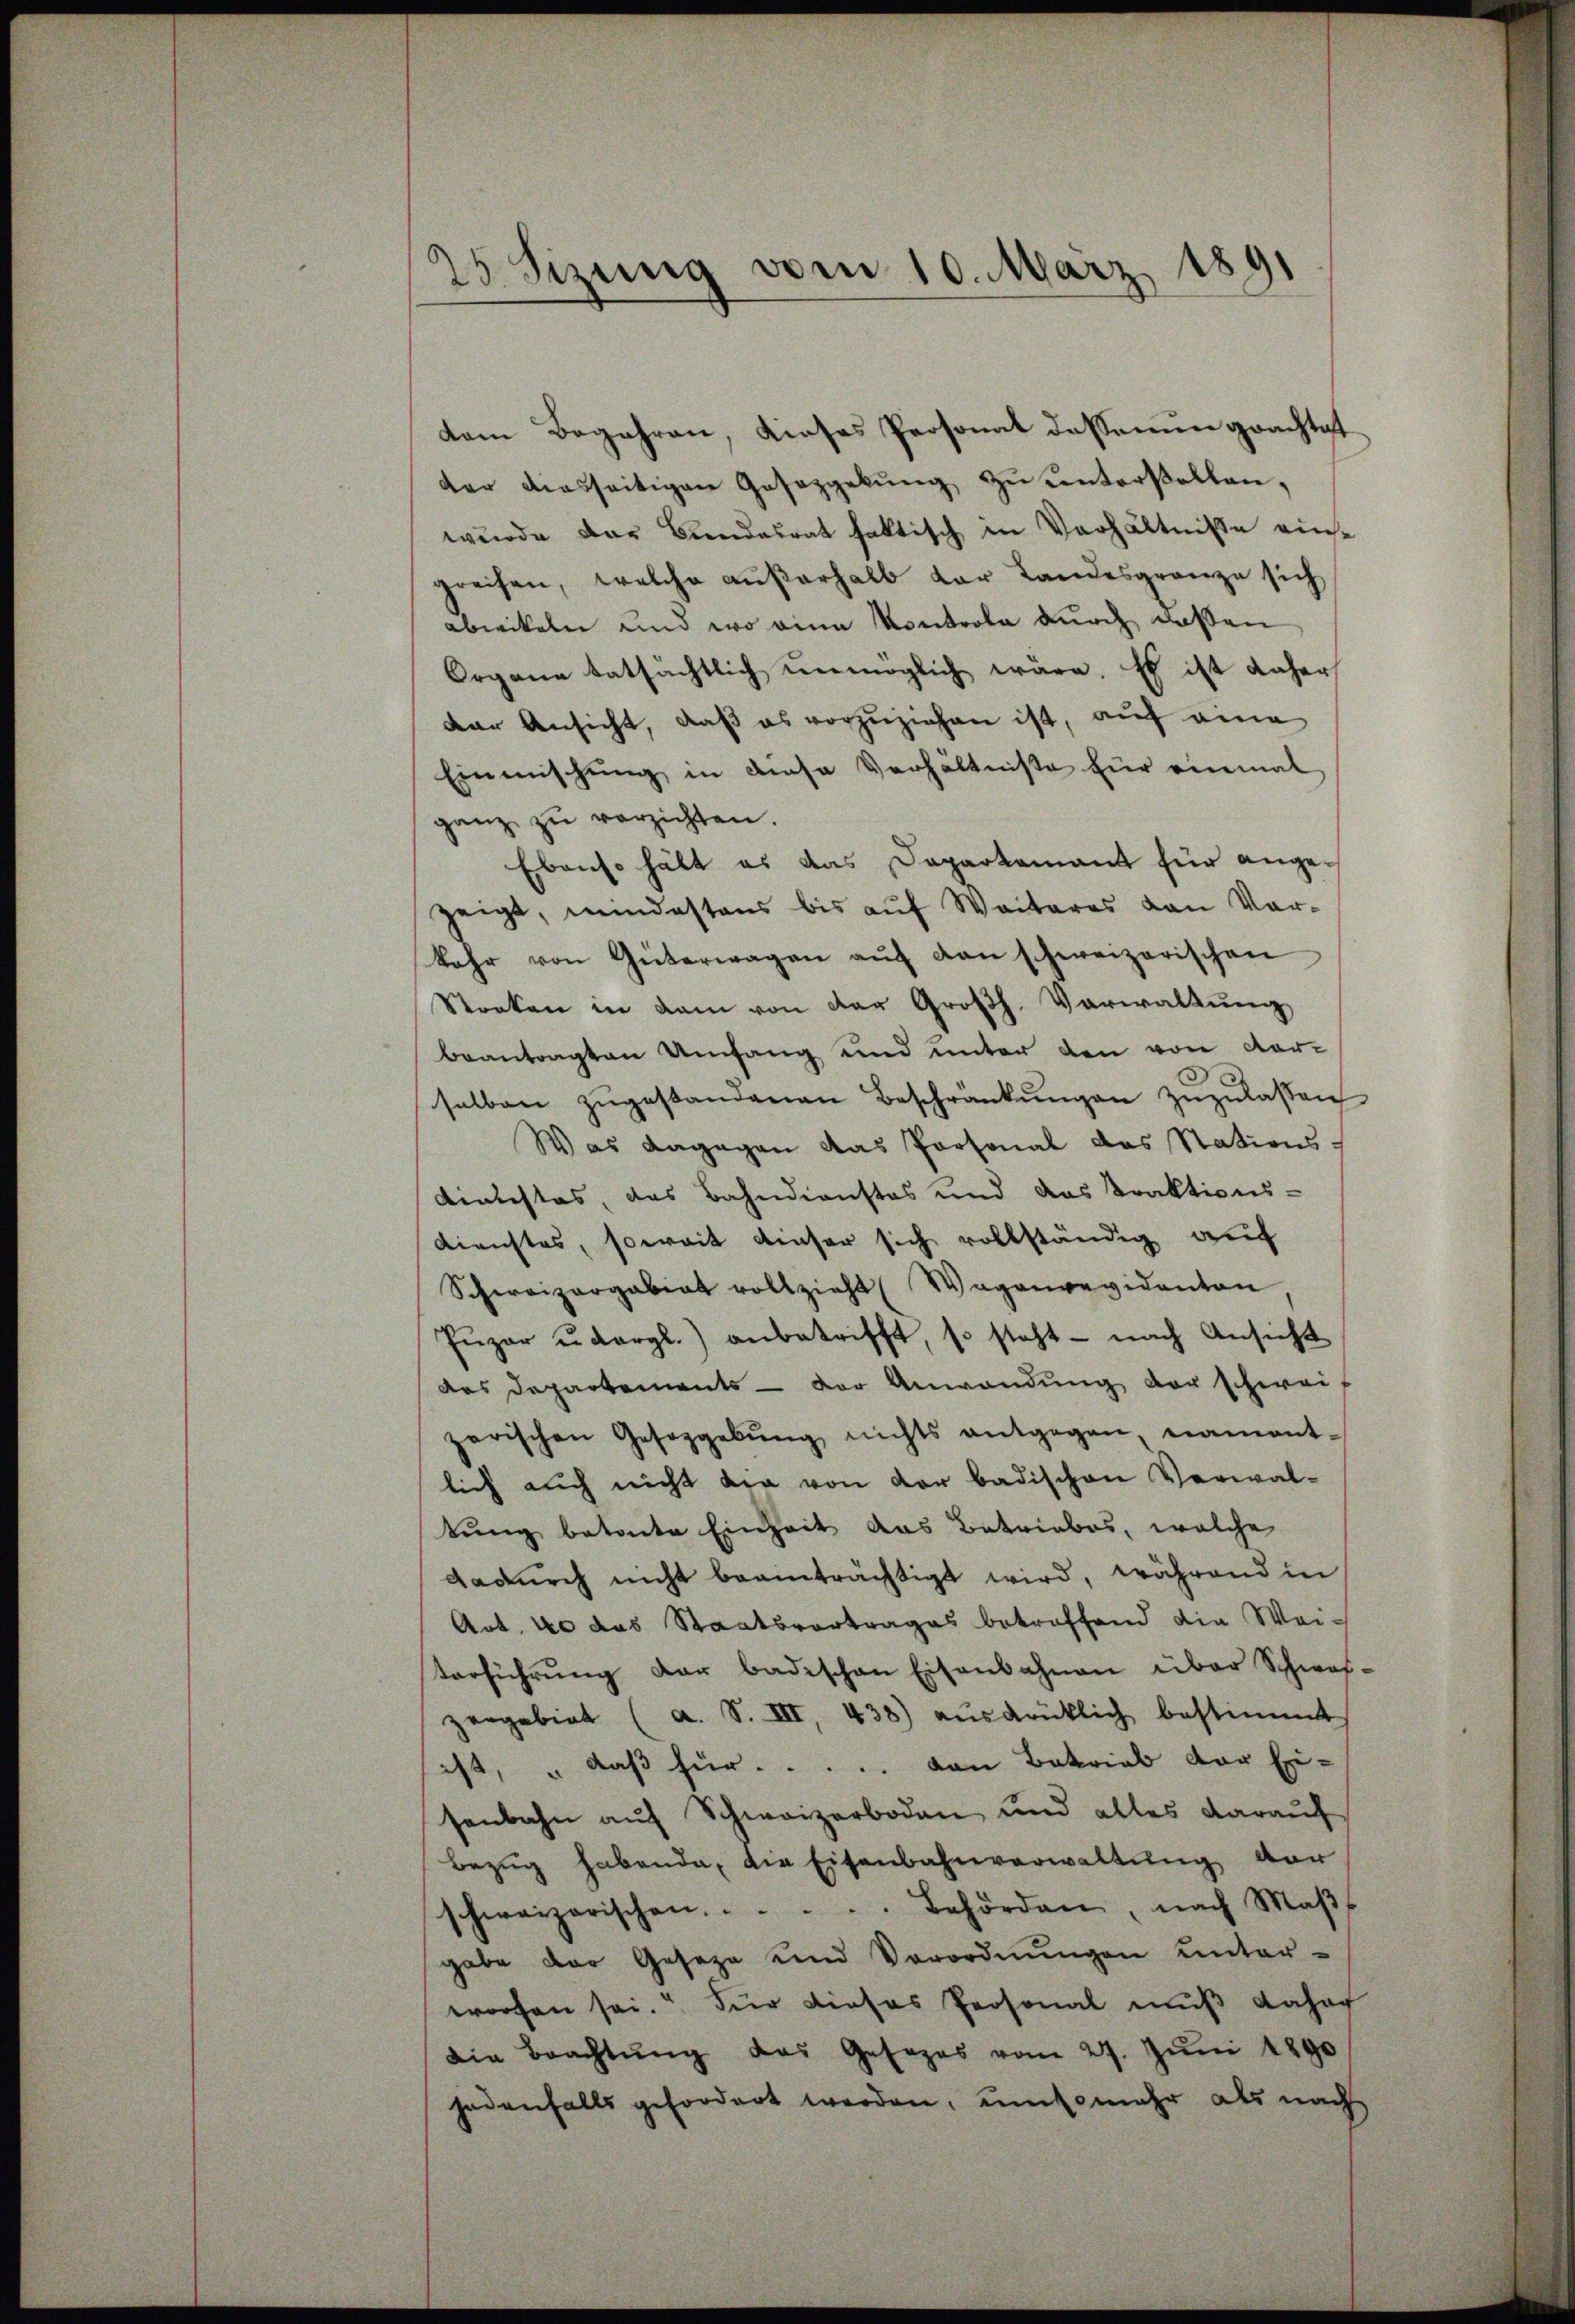
25 Sizung vom 10. März 1891

dem Begehren, dieses Personat dessenun grachtet
der diesseitigen Gesetzgebŭng zŭ entortellen,
wurde der Bundesrat faktisch in Verhältnisse einsgreifen, welche aŭβerhalb der Landesgränze sich
abwikeln und wo eine Kontrola durch deßen
Organe tatsächtlich unmöglich wäre. Es ist daher
Dar Ansicht, daß es vorzuziehen ist, auf eine
Einmischung in diese Verhältnisse für einmal
ganz zŭ verzichten.
Ebenso hält es das Departement für angezeigt, mindestens bis aŭf Weiteres von Vor-
kahr von Güterwagen aŭf dan schweizerischen
Stocken in dem von der Großh. Verwaltung
beantragten Umfang und unter den von cor-
selben zŭgestandenen Beschränkŭngen zŭzŭlassen
Was dagegen das Personal das Stations
dinistes, das Bahndienstes und das Praktions-
Dienstes, soweit einser sich vollständig auf
Schweizergabiat vollzieht (Wagenrevidanton
Pŭzar ŭdergl.) anbetrifft, so steht - nach Ansicht
das Departements - der Anwendung der schweis
zerischen Gesetzgebŭng nichts entgegen, nament-
lich auch nicht der von der badischen Verwal-
tung betonte Einheit das Betriebes, welche
dadurch nicht beeinträchtigt wird, während in
Art. 40 das Staatsvertrages betreffend die Wei-
terführŭng der badischen Eisenbahnen über Schwaf-
zergebiet (a. S. III 438) aŭsdrüklich bestimmt
sist, „daß für ..... von Betrieb vor Ei-
senbahn auf Schweizerboden und alles darauf
Bezug habende, die Eisenbahnverwaltung der
schweizerischen. . . . .. Behörden, nach Maβ
gabe der Geseze und Verordnŭngen unter-
worfen sei. Für dieses Personal muß daher
die Brachtŭng das Gesezes vom 27. Jŭni 1890
jedenfalls gefordert werden, umsomehr als nach